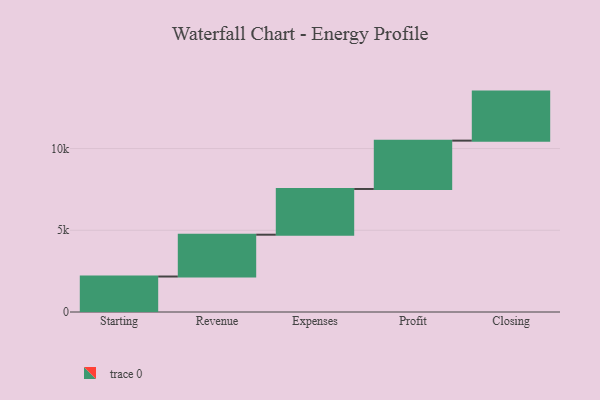
{"axis": {"x": "Step", "y": "Value"}, "legend": [""], "data": [{"x": "Starting", "y": 2171.0, "type": ""}, {"x": "Revenue", "y": 2559.0, "type": ""}, {"x": "Expenses", "y": 2798.0, "type": ""}, {"x": "Profit", "y": 2958.0, "type": ""}, {"x": "Closing", "y": 3000, "type": ""}]}